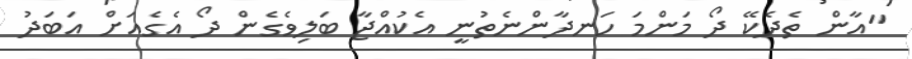
"އާން ތެދެކޭ ދޯ މަންމަ ހަނދާންނެތުނީ އެކުއްޖާ ބަލިވެގެން ދޯ އެގެއަށް އަބަދު